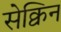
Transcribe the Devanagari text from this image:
सेक्विन